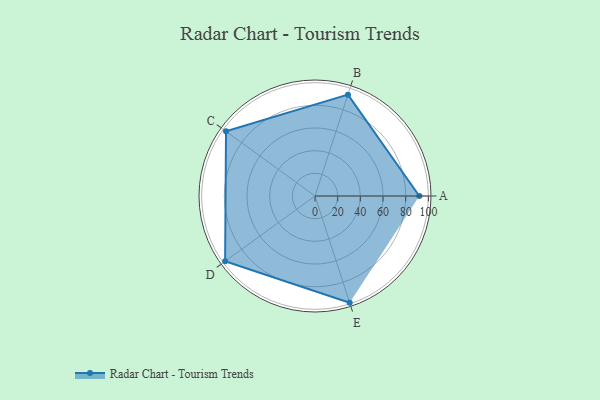
{"axis": {"x": "Skill", "y": "Score"}, "legend": ["Profile"], "data": [{"x": "A", "y": 92.0, "type": "Profile"}, {"x": "B", "y": 94.0, "type": "Profile"}, {"x": "C", "y": 97.0, "type": "Profile"}, {"x": "D", "y": 98.0, "type": "Profile"}, {"x": "E", "y": 99, "type": "Profile"}]}